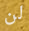
لن